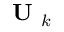
\textbf { U } _ { k }